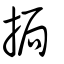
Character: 挶